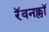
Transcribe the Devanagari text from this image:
रॅवनक्लॉ